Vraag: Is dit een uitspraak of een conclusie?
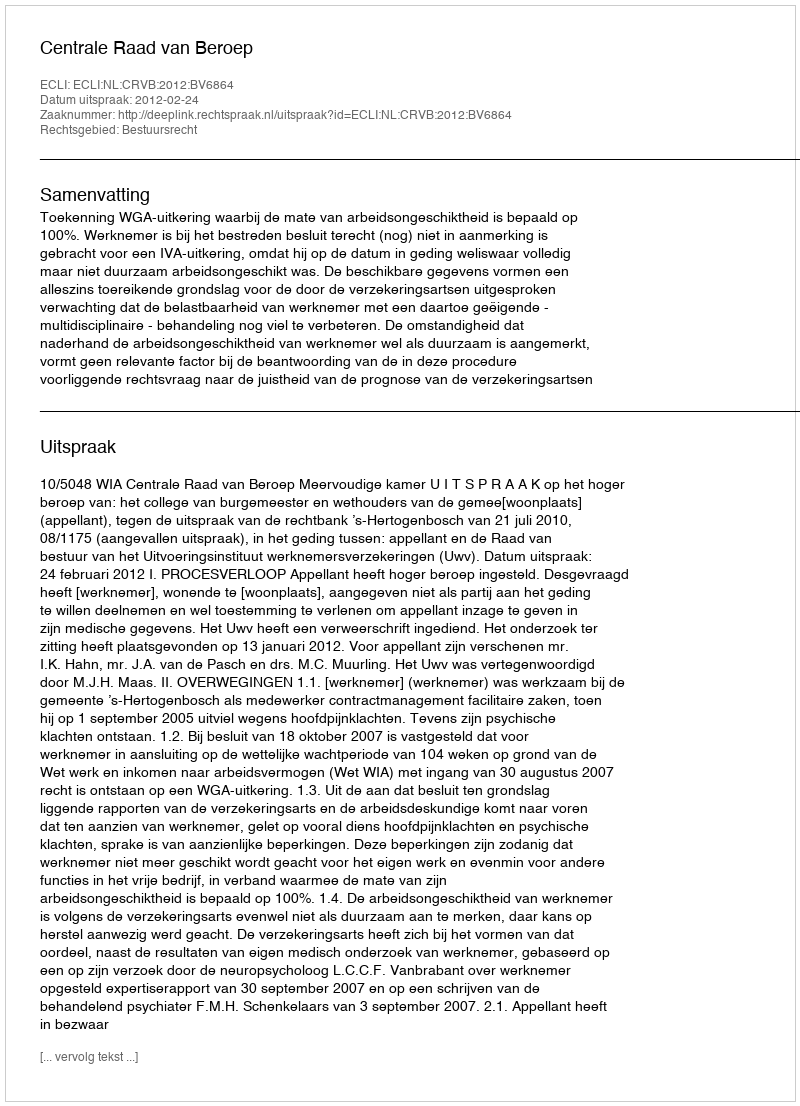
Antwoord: Uitspraak